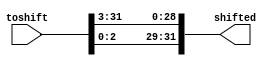
module shifter_3(toshift, shifted);

input [31:0]toshift;
output [31:0]shifted;
//reg [31:0]shifted;
assign shifted[29] = toshift[0];                                                                                                                                                                                                                        
assign shifted[30] = toshift[1];                                                                                                                                                                                                                        
assign shifted[31] = toshift[2];                                                                                                                                                                                                                        
assign shifted[0] = toshift[3];                                                                                                                                                                                                                         
assign shifted[1] = toshift[4];                                                                                                                                                                                                                         
assign shifted[2] = toshift[5];                                                                                                                                                                                                                         
assign shifted[3] = toshift[6];                                                                                                                                                                                                                         
assign shifted[4] = toshift[7];                                                                                                                                                                                                                         
assign shifted[5] = toshift[8];                                                                                                                                                                                                                         
assign shifted[6] = toshift[9];                                                                                                                                                                                                                         
assign shifted[7] = toshift[10];                                                                                                                                                                                                                        
assign shifted[8] = toshift[11];                                                                                                                                                                                                                        
assign shifted[9] = toshift[12];                                                                                                                                                                                                                        
assign shifted[10] = toshift[13];                                                                                                                                                                                                                       
assign shifted[11] = toshift[14];                                                                                                                                                                                                                       
assign shifted[12] = toshift[15];                                                                                                                                                                                                                       
assign shifted[13] = toshift[16];                                                                                                                                                                                                                       
assign shifted[14] = toshift[17];                                                                                                                                                                                                                       
assign shifted[15] = toshift[18];                                                                                                                                                                                                                       
assign shifted[16] = toshift[19];                                                                                                                                                                                                                       
assign shifted[17] = toshift[20];                                                                                                                                                                                                                       
assign shifted[18] = toshift[21];                                                                                                                                                                                                                       
assign shifted[19] = toshift[22];                                                                                                                                                                                                                       
assign shifted[20] = toshift[23];                                                                                                                                                                                                                       
assign shifted[21] = toshift[24];                                                                                                                                                                                                                       
assign shifted[22] = toshift[25];                                                                                                                                                                                                                       
assign shifted[23] = toshift[26];                                                                                                                                                                                                                       
assign shifted[24] = toshift[27];                                                                                                                                                                                                                       
assign shifted[25] = toshift[28];                                                                                                                                                                                                                       
assign shifted[26] = toshift[29];                                                                                                                                                                                                                       
assign shifted[27] = toshift[30];                                                                                                                                                                                                                       
assign shifted[28] = toshift[31];

/*always @(*)
begin
	if (5'd31>3)
		shifted[31-3] = toshift[31];	
	else if(5'd31<3)
		shifted[31+31-3] = toshift[31];
	else
		shifted[0] = toshift[31];
end
always @(*)
begin
	if (5'd30>3)
		shifted[30-3] = toshift[30];	
	else if(5'd30<3)
		shifted[30+31-3] = toshift[30];
	else
		shifted[0] = toshift[30];
end
always @(*)
begin
	if (5'd29>3)
		shifted[29-3] = toshift[29];	
	else if(5'd29<3)
		shifted[29+31-3] = toshift[29];
	else
		shifted[0] = toshift[29];
end
always @(*)
begin
	if (5'd28>3)
		shifted[28-3] = toshift[28];	
	else if(5'd28<3)
		shifted[28+31-3] = toshift[28];
	else
		shifted[0] = toshift[28];
end
always @(*)
begin
	if (5'd27>3)
		shifted[27-3] = toshift[27];	
	else if(5'd27<3)
		shifted[27+31-3] = toshift[27];
	else
		shifted[0] = toshift[27];
end
always @(*)
begin
	if (5'd26>3)
		shifted[26-3] = toshift[26];	
	else if(5'd26<3)
		shifted[26+31-3] = toshift[26];
	else
		shifted[0] = toshift[26];
end
always @(*)
begin
	if (5'd25>3)
		shifted[25-3] = toshift[25];	
	else if(5'd25<3)
		shifted[25+31-3] = toshift[25];
	else
		shifted[0] = toshift[25];
end
always @(*)
begin
	if (5'd24>3)
		shifted[24-3] = toshift[24];	
	else if(5'd24<3)
		shifted[24+31-3] = toshift[24];
	else
		shifted[0] = toshift[24];
end
always @(*)
begin
	if (5'd23>3)
		shifted[23-3] = toshift[23];	
	else if(5'd23<3)
		shifted[23+31-3] = toshift[23];
	else
		shifted[0] = toshift[23];
end
always @(*)
begin
	if (5'd22>3)
		shifted[22-3] = toshift[22];	
	else if(5'd22<3)
		shifted[22+31-3] = toshift[22];
	else
		shifted[0] = toshift[22];
end
always @(*)
begin
	if (5'd21>3)
		shifted[21-3] = toshift[21];	
	else if(5'd21<3)
		shifted[21+31-3] = toshift[21];
	else
		shifted[0] = toshift[21];
end
always @(*)
begin
	if (5'd20>3)
		shifted[20-3] = toshift[20];	
	else if(5'd20<3)
		shifted[20+31-3] = toshift[20];
	else
		shifted[0] = toshift[20];
end
always @(*)
begin
	if (5'd19>3)
		shifted[19-3] = toshift[19];	
	else if(5'd19<3)
		shifted[19+31-3] = toshift[19];
	else
		shifted[0] = toshift[19];
end
always @(*)
begin
	if (5'd18>3)
		shifted[18-3] = toshift[18];	
	else if(5'd18<3)
		shifted[18+31-3] = toshift[18];
	else
		shifted[0] = toshift[18];
end
always @(*)
begin
	if (5'd17>3)
		shifted[17-3] = toshift[17];	
	else if(5'd17<3)
		shifted[17+31-3] = toshift[17];
	else
		shifted[0] = toshift[17];
end
always @(*)
begin
	if (5'd16>3)
		shifted[16-3] = toshift[16];	
	else if(5'd16<3)
		shifted[16+31-3] = toshift[16];
	else
		shifted[0] = toshift[16];
end
always @(*)
begin
	if (5'd15>3)
		shifted[15-3] = toshift[15];	
	else if(5'd15<3)
		shifted[15+31-3] = toshift[15];
	else
		shifted[0] = toshift[15];
end
always @(*)
begin
	if (5'd14>3)
		shifted[14-3] = toshift[14];	
	else if(5'd14<3)
		shifted[14+31-3] = toshift[14];
	else
		shifted[0] = toshift[14];
end
always @(*)
begin
	if (5'd13>3)
		shifted[13-3] = toshift[13];	
	else if(5'd13<3)
		shifted[13+31-3] = toshift[13];
	else
		shifted[0] = toshift[13];
end
always @(*)
begin
	if (5'd12>3)
		shifted[12-3] = toshift[13];	
	else if(5'd12<3)
		shifted[12+31-3] = toshift[12];
	else
		shifted[0] = toshift[12];
end
always @(*)
begin
	if (5'd11>3)
		shifted[11-3] = toshift[11];	
	else if(5'd11<3)
		shifted[11+31-3] = toshift[11];
	else
		shifted[0] = toshift[11];
end
always @(*)
begin
	if (5'd10>3)
		shifted[10-3] = toshift[10];	
	else if(5'd10<3)
		shifted[10+31-3] = toshift[10];
	else
		shifted[0] = toshift[10];
end
always @(*)
begin
	if (5'd9>3)
		shifted[9-3] = toshift[9];	
	else if(5'd9<3)
		shifted[9+31-3] = toshift[9];
	else
		shifted[0] = toshift[9];
end
always @(*)
begin
	if (5'd8>3)
		shifted[8-3] = toshift[8];	
	else if(5'd8<3)
		shifted[8+31-3] = toshift[8];
	else
		shifted[0] = toshift[8];
end
always @(*)
begin
	if (5'd7>3)
		shifted[7-3] = toshift[7];	
	else if(5'd7<3)
		shifted[7+31-3] = toshift[7];
	else
		shifted[0] = toshift[7];
end
always @(*)
begin
	if (5'd6>3)
		shifted[6-3] = toshift[6];	
	else if(5'd6<3)
		shifted[6+31-3] = toshift[6];
	else
		shifted[0] = toshift[6];
end
always @(*)
begin
	if (5'd5>3)
		shifted[5-3] = toshift[5];	
	else if(5'd5<3)
		shifted[5+31-3] = toshift[5];
	else
		shifted[0] = toshift[5];
end
always @(*)
begin
	if (5'd4>3)
		shifted[4-3] = toshift[4];	
	else if(5'd4<3)
		shifted[4+31-3] = toshift[4];
	else
		shifted[0] = toshift[4];
end
always @(*)
begin
	if (5'd3>3)
		shifted[3-3] = toshift[3];	
	else if(5'd3<3)
		shifted[3+31-3] = toshift[3];
	else
		shifted[0] = toshift[3];
end
always @(*)
begin
	if (5'd2>3)
		shifted[2-3] = toshift[3];	
	else if(5'd2<3)
		shifted[2+31-3] = toshift[2];
	else
		shifted[0] = toshift[2];
end
always @(*)
begin
	if (5'd1>3)
		shifted[1-3] = toshift[1];	
	else if(5'd1<3)
		shifted[1+31-3] = toshift[1];
	else
		shifted[0] = toshift[1];
end
always @(*)
begin
	if (5'd0>3)
		shifted[0-3] = toshift[0];	
	else if(5'd0<3)
		shifted[0+31-3] = toshift[0];
	else
		shifted[0] = toshift[0];
end*/

endmodule